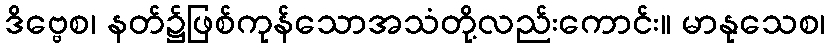
ဒိဗ္ဗေစ၊ နတ်၌ဖြစ်ကုန်သောအသံတို့လည်းကောင်း။ မာနုသေစ၊